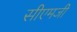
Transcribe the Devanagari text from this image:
सीएमजी